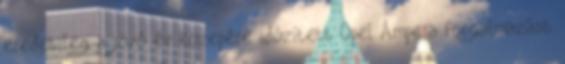
eredetileg a jövő év közepére időzített Opel Ampera forgalmazást